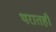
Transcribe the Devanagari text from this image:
थरातही